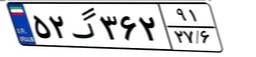
۵۲گ۳۶۲۹۱